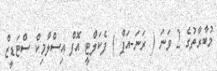
މުބާރާތުގެ 2 ވަނަ ( ރަނަ-އަޕް ) ފެކަލްޓީ އޮފް އިސްލާމިކް ސްޓަޑީޒް